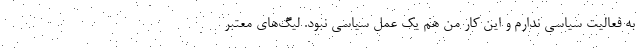
به فعالیت سیاسی ندارم و این کار من هم یک عمل سیاسی نبود. لیگ‌های معتبر